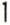
1